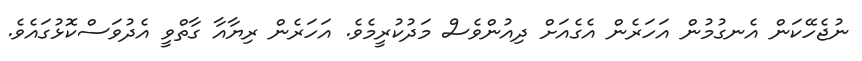
ނުޖެހޭކަން އެނގުމުން އަހަރެން އެގެއަށް ދިއުންވެސް މަދުކުރީމެވެ. އަހަރެން ރިޔާއާ ގާތްވީ އެދުވަސްކޮޅުގައެވެ.